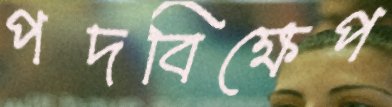
পদবিক্ষেপ